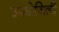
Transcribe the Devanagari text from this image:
उपयोजिली